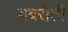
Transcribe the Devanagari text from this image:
बबरौती